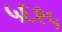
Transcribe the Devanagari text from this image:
५६९५